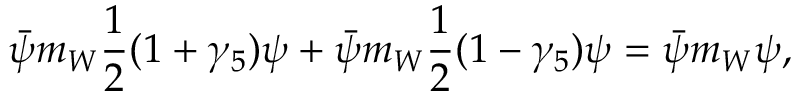
\bar { \psi } m _ { W } \frac { 1 } { 2 } ( 1 + \gamma _ { 5 } ) \psi + \bar { \psi } m _ { W } \frac { 1 } { 2 } ( 1 - \gamma _ { 5 } ) \psi = \bar { \psi } m _ { W } \psi ,